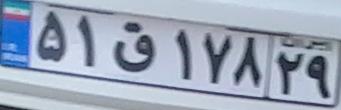
۵۱ق۱۷۸۲۹